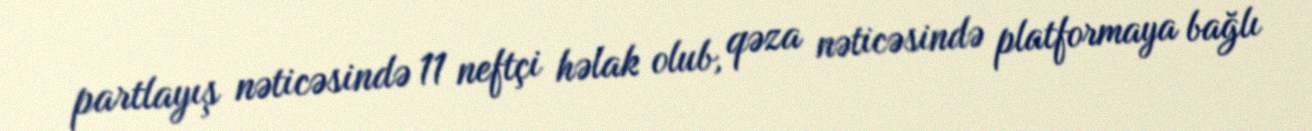
partlayış nəticəsində 11 neftçi həlak olub, qəza nəticəsində platformaya bağlı